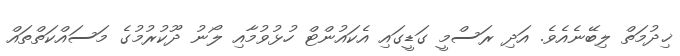
ޚިދުމަތް ލިބޭނެއެވެ. އަދި ރަސްމީ ގަޑީގައި އެކައުންޓް ހުޅުވުމާއި ލޯނު ދޫކުރުމުގެ މަސައްކަތްތައް